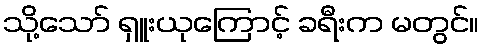
သို့သော် ရှူးယုကြောင့် ခရီးက မတွင်။